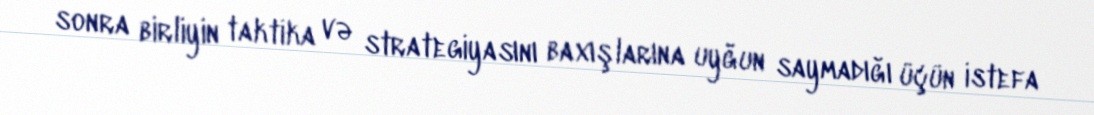
sonra birliyin taktika və strategiyasını baxışlarına uyğun saymadığı üçün istefa